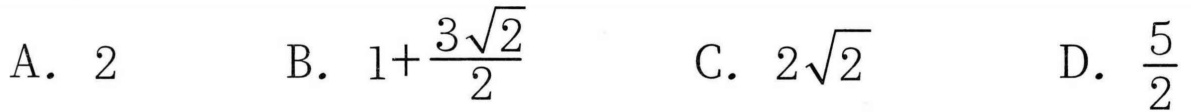
A. \(2\)  B. \(1+\frac{3\sqrt{2}}{2}\)  C. \(2\sqrt{2}\)  D. \(\frac{5}{2}\)